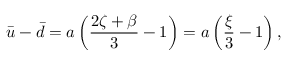
\bar { u } - \bar { d } = a \left( \frac { 2 \zeta + \beta } { 3 } - 1 \right) = a \left( \frac { \xi } { 3 } - 1 \right) ,